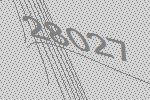
28027